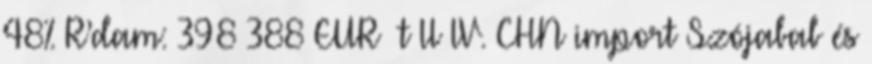
48% R’dam: 398388 EUR t IIIV. CHN import Szójabab és